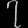
Digit: ၇